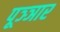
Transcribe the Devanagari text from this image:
पूञ्ञार